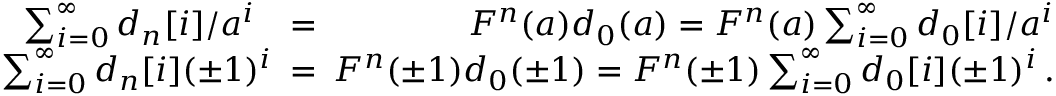
\begin{array} { r l r } { \sum _ { i = 0 } ^ { \infty } d _ { n } [ i ] / a ^ { i } } & { = } & { F ^ { n } ( a ) d _ { 0 } ( a ) = F ^ { n } ( a ) \sum _ { i = 0 } ^ { \infty } d _ { 0 } [ i ] / a ^ { i } } \\ { \sum _ { i = 0 } ^ { \infty } d _ { n } [ i ] ( \pm 1 ) ^ { i } \! \! \! } & { = } & { \! \! \! F ^ { n } ( \pm 1 ) d _ { 0 } ( \pm 1 ) = F ^ { n } ( \pm 1 ) \sum _ { i = 0 } ^ { \infty } d _ { 0 } [ i ] ( \pm 1 ) ^ { i } \, . } \end{array}